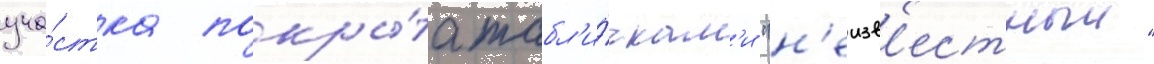
уча́стка покры́та табл'и́чкам'и "н'еизв'естныи"